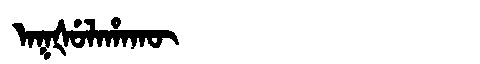
Manchu: ᠠᡴᡧᡠᠯᠠᡥᠠᡴᡡ
Romanization: AKŠULAHAKŪ